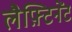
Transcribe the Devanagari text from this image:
लैफ़्टिनेंट